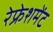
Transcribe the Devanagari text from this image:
रेफ्रेशमेंट